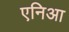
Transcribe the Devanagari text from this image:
एनिआ